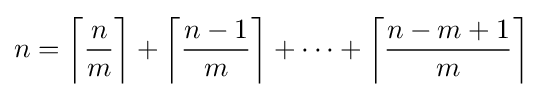
n=\left\lceil {\frac {n{\vphantom {1}}}{m}}\right\rceil +\left\lceil {\frac {n-1}{m}}\right\rceil +\dots +\left\lceil {\frac {n-m+1}{m}}\right\rceil